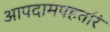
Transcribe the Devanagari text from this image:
आपदामपहर्तारं